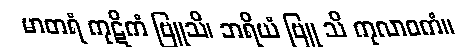
မာတရံ ကုဋိကံ ဗြူသိ၊ ဘရိယံ ဗြူ သိ ကုလာဝကံ။